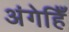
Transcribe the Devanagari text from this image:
अंगेहिँ